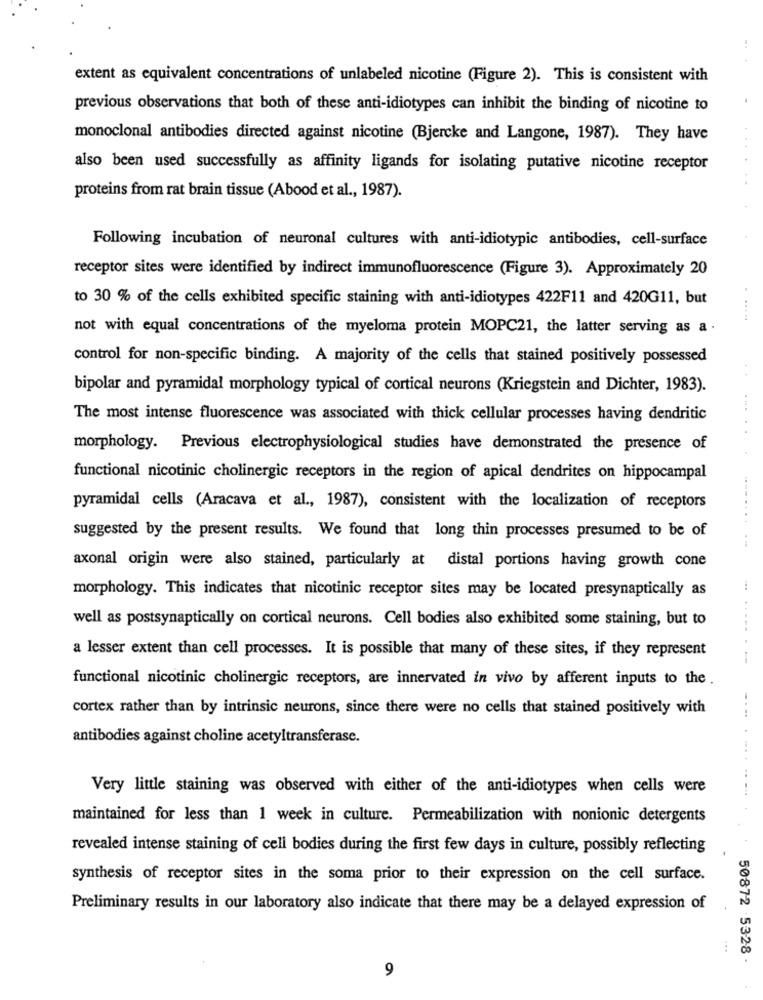
extent as equivalent concentrations of unlabeled nicotine (Figure 2). This is consistent with
previous observations that both of these anti-idiotypes can inhibit the binding of nicotine to
monoclonal antibodies directed against nicotine (Bjercke and Langone, 1987). They have
also been used successfully as affinity ligands for isolating putative nicotine receptor
proteins from rat brain tissue (Abood et al ., 1987).
Following incubation of neuronal cultures with anti-idiotypic antibodies, cell-surface
receptor sites were identified by indirect immunofluorescence (Figure 3). Approximately 20
to 30 % of the cells exhibited specific staining with anti-idiotypes 422F11 and 420G11, but
not with equal concentrations of the myeloma protein MOPC21, the latter serving as a .
control for non-specific binding. A majority of the cells that stained positively possessed
bipolar and pyramidal morphology typical of cortical neurons (Kriegstein and Dichter, 1983).
The most intense fluorescence was associated with thick cellular processes having dendritic
morphology. Previous electrophysiological studies have demonstrated the presence of
functional nicotinic cholinergic receptors in the region of apical dendrites on hippocampal
pyramidal cells (Aracava et al ., 1987), consistent with the localization of receptors
suggested by the present results. We found that long thin processes presumed to be of
axonal origin were also stained, particularly at distal portions having growth cone
morphology. This indicates that nicotinic receptor sites may be located presynaptically as
well as postsynaptically on cortical neurons. Cell bodies also exhibited some staining, but to
.....
a lesser extent than cell processes. It is possible that many of these sites, if they represent
functional nicotinic cholinergic receptors, are innervated in vivo by afferent inputs to the .
cortex rather than by intrinsic neurons, since there were no cells that stained positively with
....
antibodies against choline acetyltransferase.
Very little staining was observed with either of the anti-idiotypes when cells were
maintained for less than 1 week in culture. Permeabilization with nonionic detergents
revealed intense staining of cell bodies during the first few days in culture, possibly reflecting
synthesis of receptor sites in the soma prior to their expression on the cell surface.
Preliminary results in our laboratory also indicate that there may be a delayed expression of
...
50872 5328 .
9